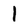
Character: 1